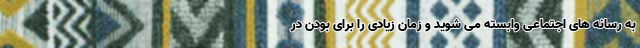
به رسانه‌ های اجتماعی وابسته می‌ شوید و زمان زیادی را برای بودن در